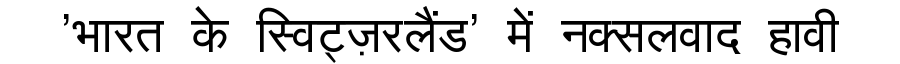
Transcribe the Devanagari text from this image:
'भारत के स्विट्ज़रलैंड' में नक्सलवाद हावी